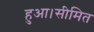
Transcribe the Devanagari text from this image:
हुआ।सीमित